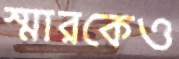
স্মারকেও